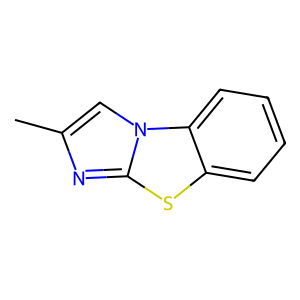
SMILES: Cc1cn2c(n1)sc1ccccc12
Inhibits HIV replication: No